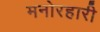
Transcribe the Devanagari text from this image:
मनोरहारी